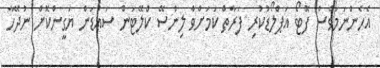
އެހެންނަމަވެސް ފޮޓޯ އަޕްލޯޑުކުރި ފަރާތް ކަމަށްވާ ލިންސޭ ކްލޭޓަން ސައުޑަން ޔަގީންކޮށް ނުދޭހާ